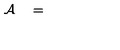
{ \cal A } \quad = \quad